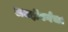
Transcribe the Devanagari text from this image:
लक्झेंबर्गचा